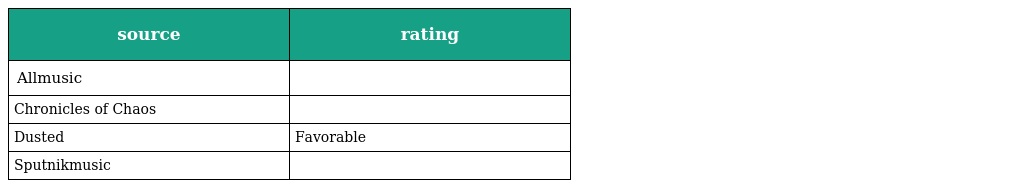
| source | rating |
 | --- | --- |
 | Allmusic |  |
 | Chronicles of Chaos |  |
 | Dusted | Favorable |
 | Sputnikmusic |  |